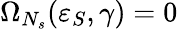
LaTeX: \Omega_{N_{s}}(\varepsilon_{S},\gamma)=0